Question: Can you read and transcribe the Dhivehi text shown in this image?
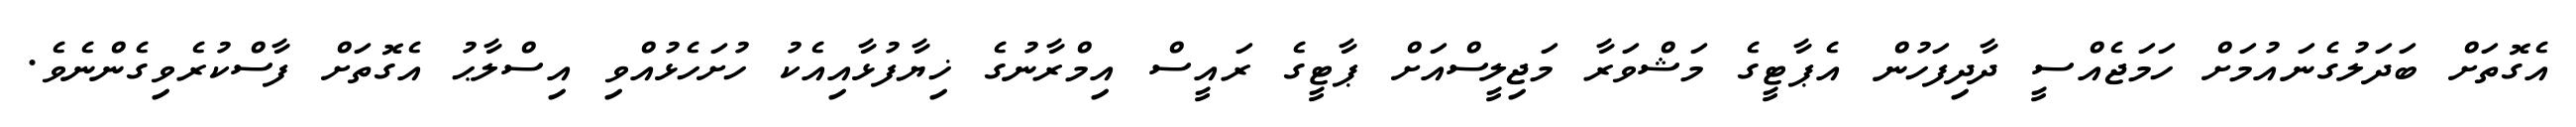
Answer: އެގޮތަށް ބަދަލުގެނައުމަށް ހަމަޖެއްސީ ދާދިފަހުން އެޕާޓީގެ މަޝްވަރާ މަޖިލީސްއަށް ޕާޓީގެ ރައީސް އިމްރާނުގެ ޚިޔާފުޅާއިއެކު ހުށަހެޅުއްވި އިސްލާޙު އެގޮތަށް ފާސްކުރެވިގެންނެވެ.